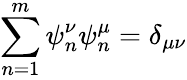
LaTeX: \sum_{n=1}^{m}\psi_{n}^{\nu}\psi_{n}^{\mu}=\delta_{\mu\nu}